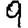
Digit: 9